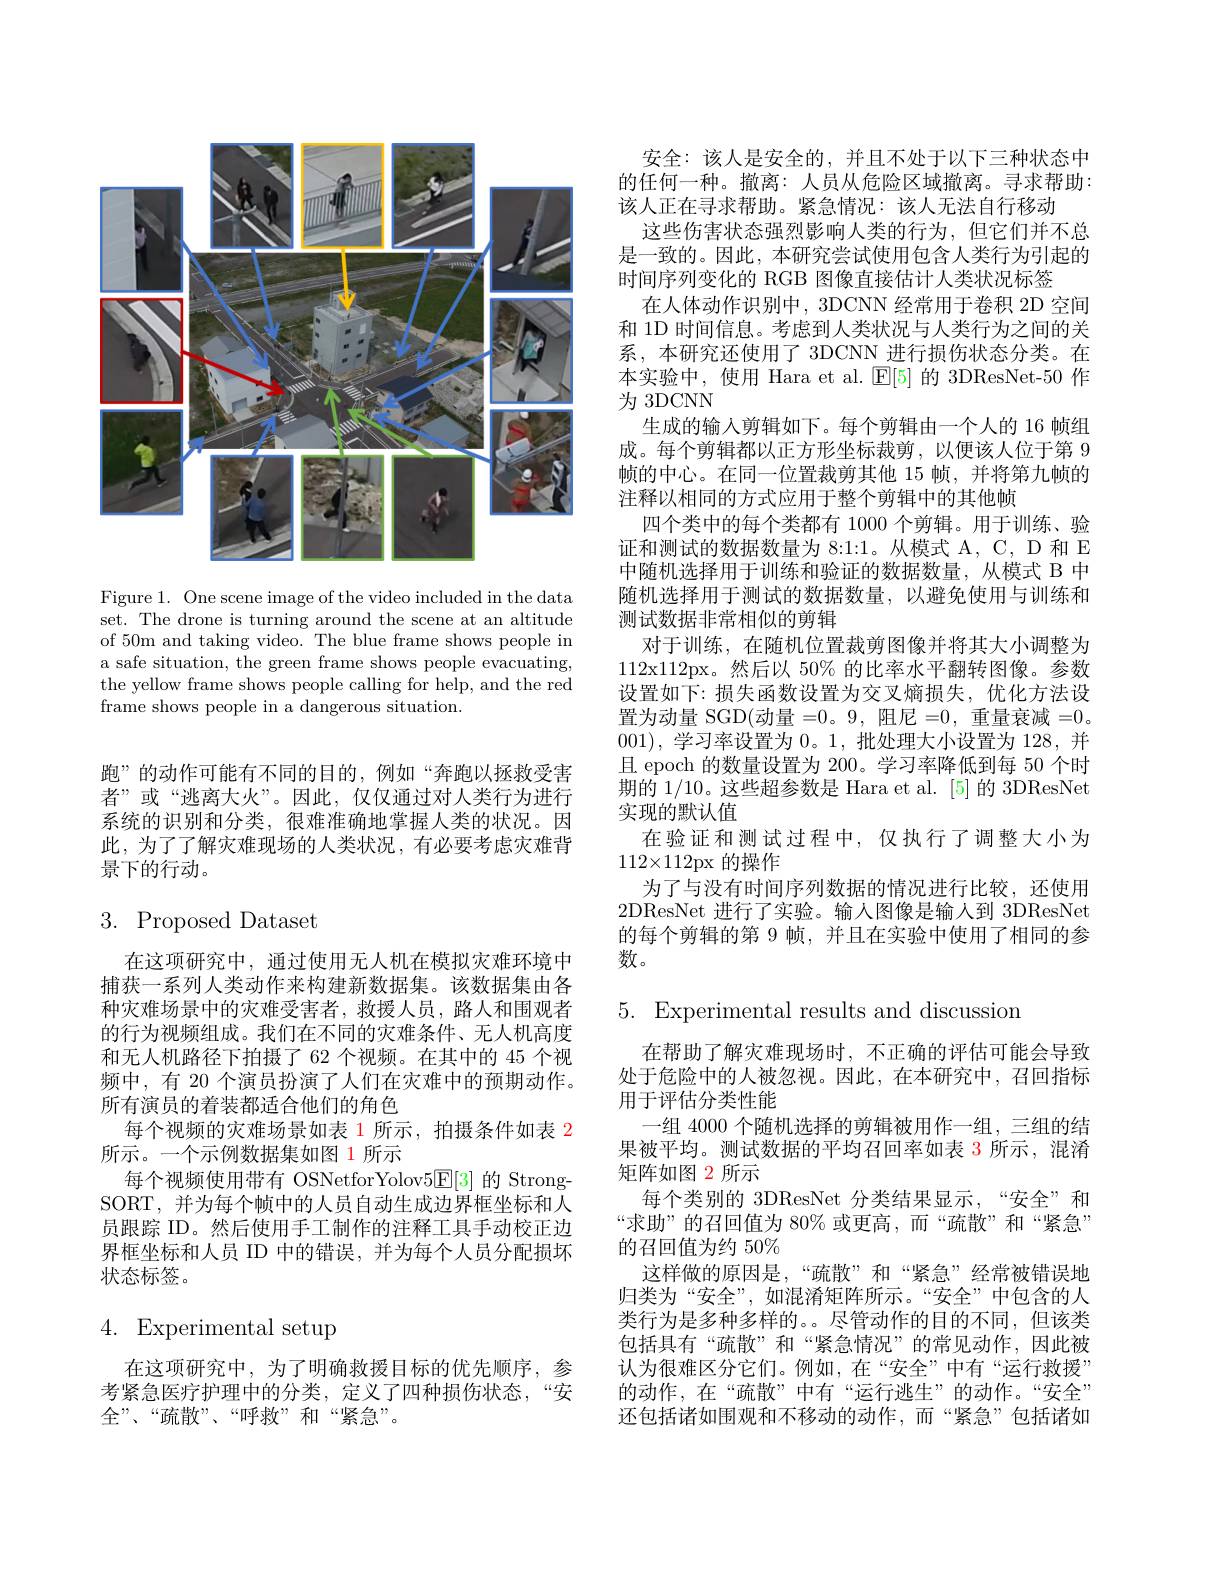
<FigureHere>

Figure 1. One scene image of the video included in the data set. The drone is turning around the scene at an altitude of 50m and taking video. The blue frame shows people in a safe situation, the green frame shows people evacuating, the yellow frame shows people calling for help, and the red frame shows people in a dangerous situation.

跑”的动作可能有不同的目的，例如“奔跑以拯救受害者”或“逃离大火”。因此，仅仅通过对人类行为进行系统的识别和分类，很难准确地掌握人类的状况。因此，为了了解灾难现场的人类状况，有必要考虑灾难背景下的行动。

# 3. Proposed Dataset

在这项研究中，通过使用无人机在模拟灾难环境中捕获一系列人类动作来构建新数据集。该数据集由各种灾难场景中的灾难受害者，救援人员，路人和围观者的行为视频组成。我们在不同的灾难条件、无人机高度和无人机路径下拍摄了62 个视频。在其中的 45 个视频中，有 20 个演员扮演了人们在灾难中的预期动作。所有演员的着装都适合他们的角色
每个视频的灾难场景如表 1 所示，拍摄条件如表 2
所示。一个示例数据集如图 1 所示
每个视频使用带有 OSNetforYolov5$\mathbb{E}[3]$的 StrongSORT, 并为每个帧中的人员自动生成边界框坐标和人员跟踪 ID。然后使用手工制作的注释工具手动校正边界框坐标和人员 ID 中的错误，并为每个人员分配损坏状态标签。

# 4. Experimental setup

在这项研究中，为了明确救援目标的优先顺序，参考紧急医疗护理中的分类，定义了四种损伤状态，“安全”、“疏散”、“呼救”和“紧急”。

安全：该人是安全的，并且不处于以下三种状态中的任何一种。撤离：人员从危险区域撤离。寻求帮助： 该人正在寻求帮助。紧急情况：该人无法自行移动
这些伤害状态强烈影响人类的行为，但它们并不总是一致的。因此，本研究尝试使用包含人类行为引起的时间序列变化的 RGB 图像直接估计人类状况标签
在人体动作识别中，3DCNN 经常用于卷积 2D 空间和 1D 时间信息。考虑到人类状况与人类行为之间的关系，本研究还使用了 3DCNN 进行损伤状态分类。在本实验中，使用 Hara et al. $\operatorname{E[5]}$的 3DResNet-50 作为 3DCNN
生成的输入剪辑如下。每个剪辑由一个人的 16 帧组成。每个剪辑都以正方形坐标裁剪，以便该人位于第 9帧的中心。在同一位置裁剪其他 15 帧，并将第九帧的注释以相同的方式应用于整个剪辑中的其他帧
四个类中的每个类都有 1000 个剪辑。用于训练、验证和测试的数据数量为 8:1:1。从模式 A, C, D 和 E 中随机选择用于训练和验证的数据数量，从模式 B 中随机选择用于测试的数据数量，以避免使用与训练和测试数据非常相似的剪辑
对于训练，在随机位置裁剪图像并将其大小调整为112x112px。然后以 50% 的比率水平翻转图像。参数设置如下：损失函数设置为交叉熵损失，优化方法设置为动量 SGD(动量 =0。9, 阻尼 =0, 重量衰减 =0。001),学习率设置为0。1,批处理大小设置为 128,并且 epoch 的数量设置为 200。学习率降低到每 50 个时期的 1/10。这些超参数是 Hara et al. [5] 的 3DResNet 实现的默认值
在验证和测试过程中，仅执行了调整大小为
$112\times112$px 的操作
为了与没有时间序列数据的情况进行比较，还使用2DResNet 进行了实验。输人图像是输人到 3DResNet 的每个剪辑的第 9 帧，并且在实验中使用了相同的参数。

5. Experimental results and discussion

在帮助了解灾难现场时，不正确的评估可能会导致处于危险中的人被忽视。因此，在本研究中，召回指标用于评估分类性能
一组 4000 个随机选择的剪辑被用作一组，三组的结果果被平均。测试数据的平均召回率如表 3 所示，混淆矩阵如图 2 所示
每个类别的 3DResNet 分类结果显示，“安全”和“求助”的召回值为 80% 或更高，而“疏散”和“紧急” 的召回值为约 50%
这样做的原因是，“疏散”和“紧急”经常被错误地归类为“安全”,如混淆矩阵所示。“安全”中包含的人类行为是多种多样的。。尽管动作的目的不同，但该类包括具有“疏散”和“紧急情况”的常见动作，因此被认为很难区分它们。例如，在“安全”中有“运行救援” 的动作，在“疏散”中有“运行逃生”的动作。“安全” 还包括诸如围观和不移动的动作，而“紧急”包括诸如